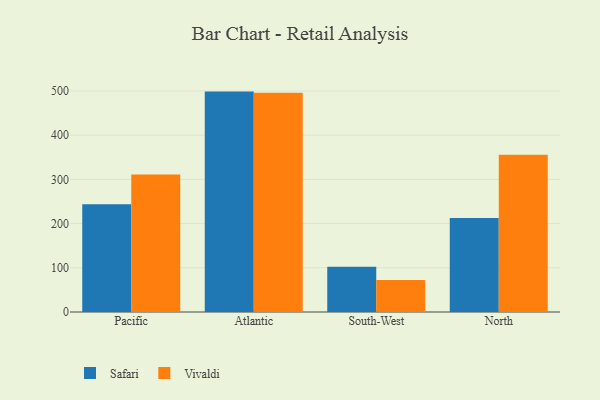
{"axis": {"x": "Region", "y": "Production Output"}, "legend": ["Safari", "Vivaldi"], "data": [{"x": "Pacific", "y": 243.6, "type": "Safari"}, {"x": "Pacific", "y": 311.1, "type": "Vivaldi"}, {"x": "Atlantic", "y": 498.5, "type": "Safari"}, {"x": "Atlantic", "y": 496.0, "type": "Vivaldi"}, {"x": "South-West", "y": 102.2, "type": "Safari"}, {"x": "South-West", "y": 72.4, "type": "Vivaldi"}, {"x": "North", "y": 212.6, "type": "Safari"}, {"x": "North", "y": 355.8, "type": "Vivaldi"}]}